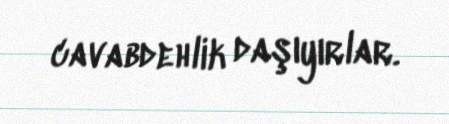
cavabdehlik daşıyırlar.